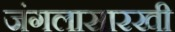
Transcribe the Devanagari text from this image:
जंगलासारखी